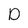
Character: D